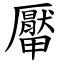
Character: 厴